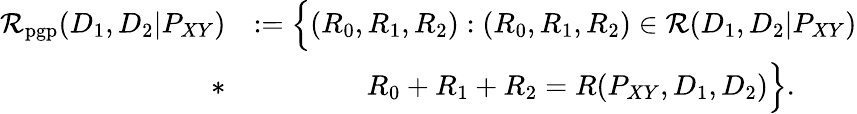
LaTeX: \begin{array}{rl}{\mathcal{R}_{\mathrm{pgp}}(D_{1},D_{2}|P_{XY})}&{:=\Big\{ (R_{0},R_{1},R_{2}):(R_{0},R_{1},R_{2})\in\mathcal{R}(D_{1},D_{2}|P_{XY})}\\ {*}&{\qquad\qquad R_{0}+R_{1}+R_{2}=R(P_{XY},D_{1},D_{2})\Big\} .}\end{array}